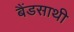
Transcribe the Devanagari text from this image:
बैंडसाथी